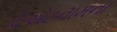
વિએટનામના